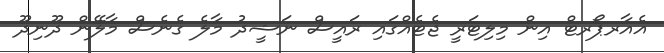
އެއާރޕޯރޓް އިން މިލިޓަރީ ޖެޓެއްގައި ރައީސް ނަޝީދު މާލެ ގެނެސް މާލޭން ދޫނިދޫ